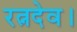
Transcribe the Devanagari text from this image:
रत्नदेव।